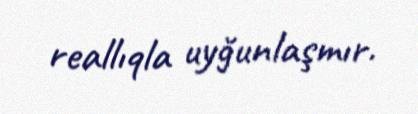
reallıqla uyğunlaşmır.